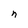
Character: n